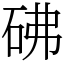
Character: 砩